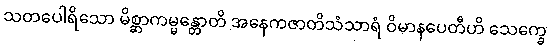
သတပေါရိသော မိစ္ဆာကမ္မန္တောတိ အနေကဇာတိသံသာရံ ဝိမာနပေတီဟိ သေက္ခေ